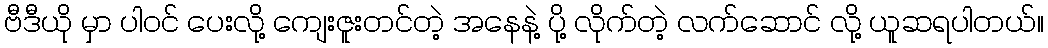
ဗီဒီယို မှာ ပါဝင် ပေးလို့ ကျေးဇူးတင်တဲ့ အနေနဲ့ ပို့ လိုက်တဲ့ လက်ဆောင် လို့ ယူဆရပါတယ်။